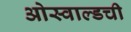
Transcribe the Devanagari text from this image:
ओस्वाल्डची